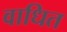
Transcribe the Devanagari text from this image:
वाधित